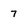
Character: 7